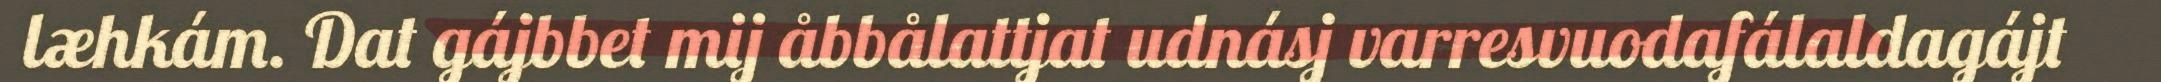
læhkám. Dat gájbbet mij åbbålattjat udnásj varresvuodafálaldagájt